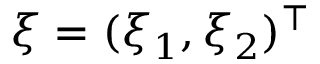
\xi = ( \xi _ { 1 } , \xi _ { 2 } ) ^ { \intercal }